Epidemic dropsy in Calcutta - Number 45
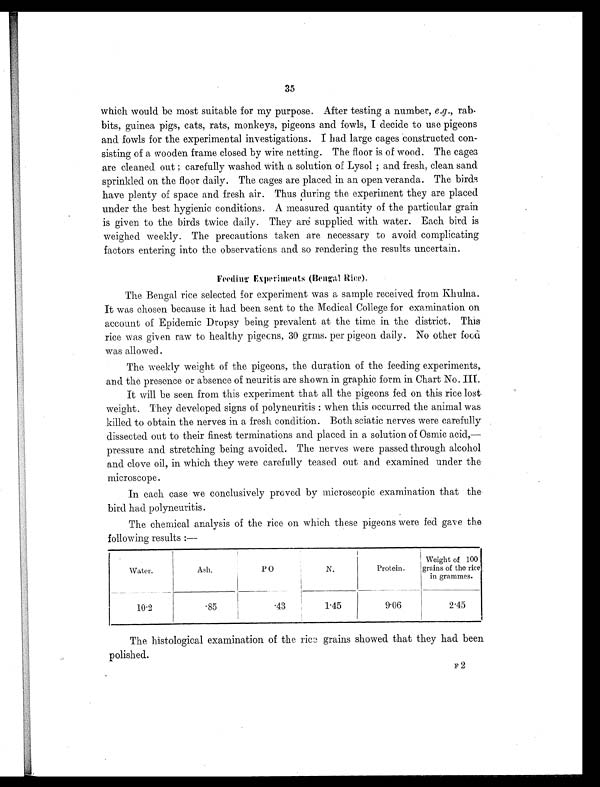
35
which would be most suitable for my purpose. After testing a number, e.g., rab-
bits, guinea pigs, cats, rats, monkeys, pigeons and fowls, I decide to use pigeons
and fowls for the experimental investigations. I had large cages constructed con-
sisting of a wooden frame closed by wire netting. The floor is of wood. The cages
are cleaned out ; carefully washed With a solution of Lysol ; and fresh, clean sand
sprinkled on the floor daily. The cages are placed in an open veranda. The birds
have plenty of space and fresh air. Thus during the experiment they are placed
under the best hygienic conditions. A measured quantity of the particular grain
is given to the birds twice daily. They are supplied with water. Each bird is
weighed weekly. The precautions taken are necessary to avoid complicating
factors entering into the observations and so rendering the results uncertain.
Feeding Experiments (Bengal Rice).
The Bengal rice selected for experiment was a sample received from Khulna.
It was chosen because it had been sent to the Medical College for examination on
account of Epidemic Dropsy being prevalent at the time in the district. This
rice was given raw to healthy pigeons, 30 grms. per pigeon daily. No other food
was allowed.
The weekly weight of the pigeons, the duration of the feeding experiments,
and the presence or absence of neuritis are shown in graphic form in Chart No. III.
It will be seen from this experiment that all the pigeons fed on this rice lost
weight. They developed signs of polyneuritis : when this occurred the animal was
killed to obtain the nerves in a fresh condition. Both sciatic nerves were carefully
dissected out to their finest terminations and placed in a solution of Osmic acid,—
pressure and stretching being avoided. The nerves were passed through alcohol
and clove oil, in which they were carefully teased out and examined under the
microscope.
In each case we conclusively proved by microscopic examination that the
bird had polyneuritis.
The chemical analysis of the rice on which these pigeons were fed gave the
following results :—
Water.
Ash.
P O
N.
Protein.
Weight of 100
grains of the rice
in grammes.
10.2
.85
.43
1.45
9.06
2.45
The histological examination of the rice grains showed that they had been
polished.
F 2